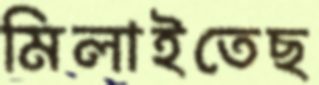
মিলাইতেছ